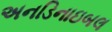
અનડિનાઇબલ